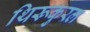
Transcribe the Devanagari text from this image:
थिरूकुरल